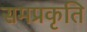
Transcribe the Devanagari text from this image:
समप्रकृति